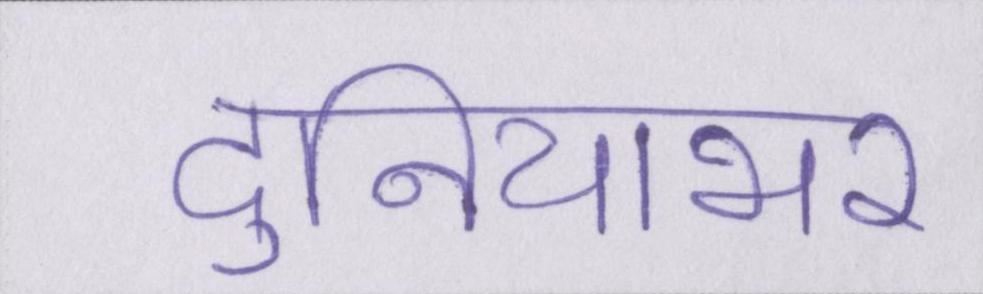
दुनियाभर